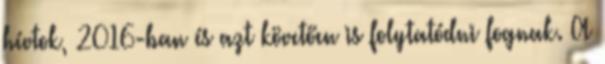
hívtok, 2016-ban és azt követően is folytatódni fognak. A